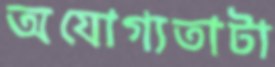
অযোগ্যতাটা